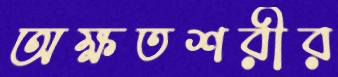
অক্ষতশরীর